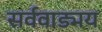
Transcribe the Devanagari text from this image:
सर्ववाड्मय